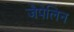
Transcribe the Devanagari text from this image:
जैपेलिन